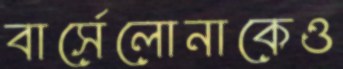
বার্সেলোনাকেও